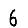
Digit: 6